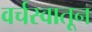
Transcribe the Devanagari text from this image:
वर्चस्वातून